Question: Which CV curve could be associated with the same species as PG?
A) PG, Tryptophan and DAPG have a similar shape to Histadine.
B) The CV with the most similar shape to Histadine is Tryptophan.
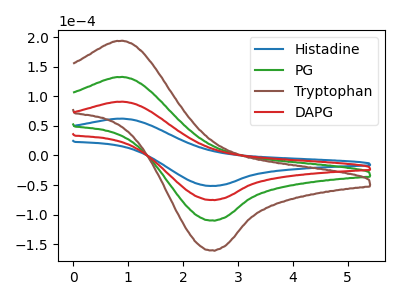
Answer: <think>The blue curve "Histadine" has an anodic peak at (0.90V, 62.20uA) and a cathodic peak at (2.55V, -51.40uA). The green curve "PG" has an anodic peak at (0.90V, 181.60uA) and a cathodic peak at (2.55V, -150.20uA). The brown curve "Tryptophan" has an anodic peak at (0.90V, 272.45uA) and a cathodic peak at (2.55V, -225.30uA). The red curve "DAPG" has an anodic peak at (0.90V, 90.80uA) and a cathodic peak at (2.55V, -75.10uA).
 All the peaks in "Histadine" have a peak in "PG" at the same potential. Every peak in "Histadine" is lower than every peak in "PG". All the peaks in "Histadine" have a peak in "Tryptophan" at the same potential. Every peak in "Histadine" is lower than every peak in "Tryptophan". All the peaks in "Histadine" have a peak in "DAPG" at the same potential. Every peak in "Histadine" is lower than every peak in "DAPG". All the peaks in "PG" have a peak in "Tryptophan" at the same potential. Every peak in "PG" is lower than every peak in "Tryptophan". All the peaks in "PG" have a peak in "DAPG" at the same potential. Every peak in "PG" is higher than every peak in "DAPG". All the peaks in "Tryptophan" have a peak in "DAPG" at the same potential. Every peak in "Tryptophan" is higher than every peak in "DAPG".</think>
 <answer>A) "PG", "Tryptophan" and "DAPG" have a similar shape to "Histadine".</answer>
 <eval>A</eval>